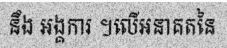
នឹង អង្គការ ។លើអនាគតនៃ